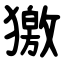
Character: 獥